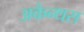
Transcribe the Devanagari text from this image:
अकैन्थस